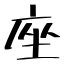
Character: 座